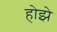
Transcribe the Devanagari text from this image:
होझे